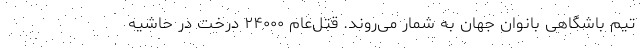
تیم باشگاهی بانوان جهان به شمار می‌روند. قتل‌عام ۲۴۰۰۰ درخت در حاشیه